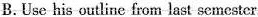
B.Use his outline from last semester.